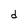
Character: d